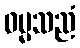
ဓမ္မသညံ